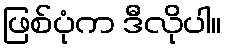
ဖြစ်ပုံက ဒီလိုပါ။